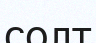
солт